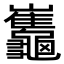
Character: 𪛂